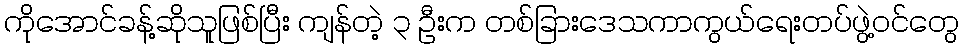
ကိုအောင်ခန့်ဆိုသူဖြစ်ပြီး ကျန်တဲ့ ၃ ဦးက တစ်ခြားဒေသကာကွယ်ရေးတပ်ဖွဲ့ဝင်တွေ